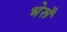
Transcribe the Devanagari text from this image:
भेरूँ